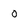
Character: 0